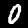
Digit: 0